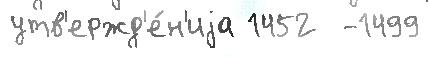
утв'ержд'е́н'иjа 1452  -1499